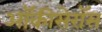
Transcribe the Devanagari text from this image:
ऑकीसेरॉस